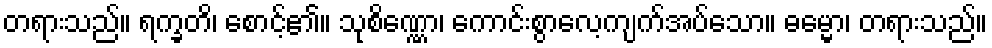
တရားသည်။ ရက္ခတိ၊ စောင့်၏။ သုစိဏ္ဏော၊ ကောင်းစွာလေ့ကျက်အပ်သော။ ဓမ္မော၊ တရားသည်။